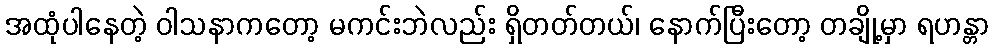
အထုံပါနေတဲ့ ဝါသနာကတော့ မကင်းဘဲလည်း ရှိတတ်တယ်၊ နောက်ပြီးတော့ တချို့မှာ ရဟန္တာ